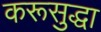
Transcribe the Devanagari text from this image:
करूसुद्धा